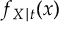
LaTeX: f _ { X \mid t } ( x )